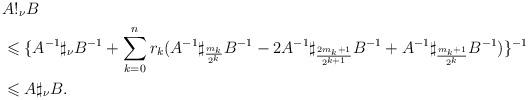
LaTeX: \begin{align*} & A !_{\nu}B \\& \leqslant \{ A^{-1} \sharp_{\nu} B ^{-1}+ \sum _{k=0}^{n}r_{k} (A^{-1}\sharp_{\frac{m_k}{2^k}} B^{-1} -2 A^{-1}\sharp_{\frac{2m_k+1}{2^{k+1}}}B^{-1}+ A^{-1}\sharp_{\frac{m_k+1}{2^k}} B^{-1})\}^{-1} \\& \leqslant A \sharp_{\nu} B.\end{align*}